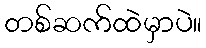
တစ်ဆက်ထဲမှာပဲ။